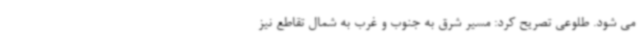
می شود. طلوعی تصریح کرد: مسیر شرق به جنوب و غرب به شمال تقاطع نیز